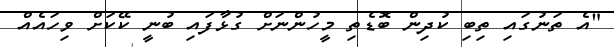
"އެ ތަނުގައި ތިބި ކުދިން ބޮޑެތި މީހުންނަށް ގުޅާފައި ބުނީ ކޭކަށް ވިހައެއް